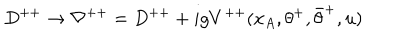
D ^ { + + } \rightarrow \nabla ^ { + + } = D ^ { + + } + i g V ^ { + + } ( x _ { A } , \theta ^ { + } , \bar { \theta } ^ { + } , u )